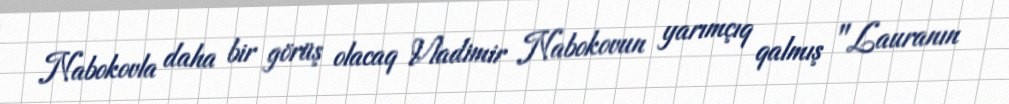
Nabokovla daha bir görüş olacaq Vladimir Nabokovun yarımçıq qalmış "Lauranın